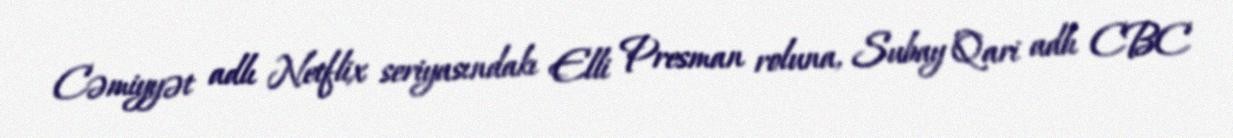
Cəmiyyət adlı Netflix seriyasındakı Elli Presman roluna, Subay Qari adlı CBC